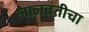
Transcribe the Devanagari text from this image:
लाजवंतीचा